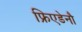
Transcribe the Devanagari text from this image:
फ्रिएडेनौ